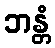
ဘန္တံ